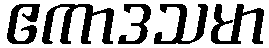
ဧကာဒသမာ